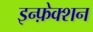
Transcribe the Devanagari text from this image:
इन्फ़ेक्शन